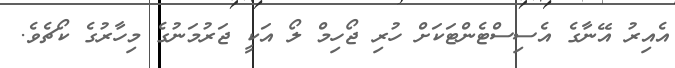
އެއިރު އޭނާގެ އެސިސްޓެންޓަކަށް ހުރި ޖޯހިމް ލޯ އަކީ ޖަރުމަނުގެ މިހާރުގެ ކޯޗެވެ.